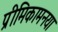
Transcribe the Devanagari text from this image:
प्रीमिकामनया